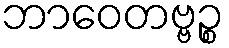
ဘာဝေတဗ္ဗဉ္စ